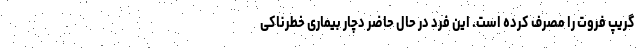
گریپ فروت را مصرف کرده است. این فرد در حال حاضر دچار بیماری خطرناکی